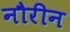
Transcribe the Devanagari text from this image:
नौरीन